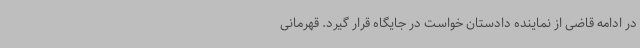
در ادامه قاضی از نماینده دادستان خواست در جایگاه قرار گیرد. قهرمانی